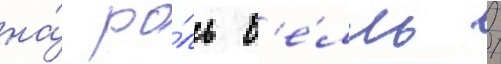
на́ ро́ль б'е́лль /